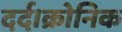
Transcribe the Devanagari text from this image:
दर्द।क्रोनिक